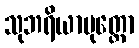
သုဘရိယာပုတ္တော